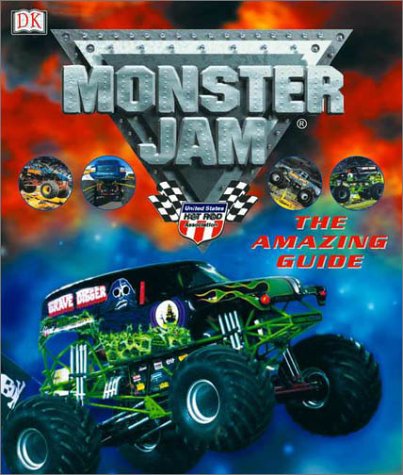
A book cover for Monster Jam: The Amazing Guide; DK Publishing; Children's Books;